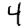
Digit: 4